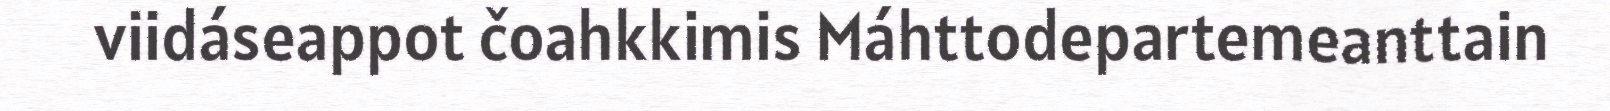
viidáseappot čoahkkimis Máhttodepartemeanttain